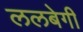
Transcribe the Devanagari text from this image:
ललबेगी